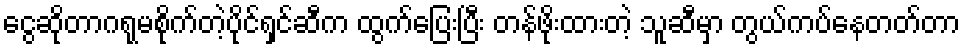
ငွေဆိုတာဂရုမစိုက်တဲ့ပိုင်ရှင်ဆီက ထွက်ပြေးပြီး တန်ဖိုးထားတဲ့ သူဆီမှာ တွယ်ကပ်နေတတ်တာ